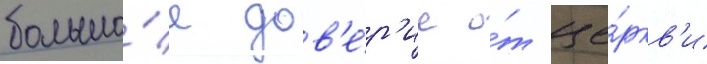
большо́е дов'е́р'ие о́т це́ркв'и